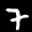
Label: 7